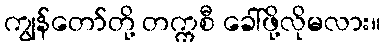
ကျွန်တော်တို့ တက္ကစီ ခေါ်ဖို့လိုမလား။